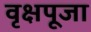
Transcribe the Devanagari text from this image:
वृक्षपूजा